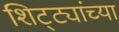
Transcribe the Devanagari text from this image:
शिट्ट्यांच्या